Indian journal of veterinary science and animal husbandry - Volumes 22-23, 1952-1953
Year: 1952
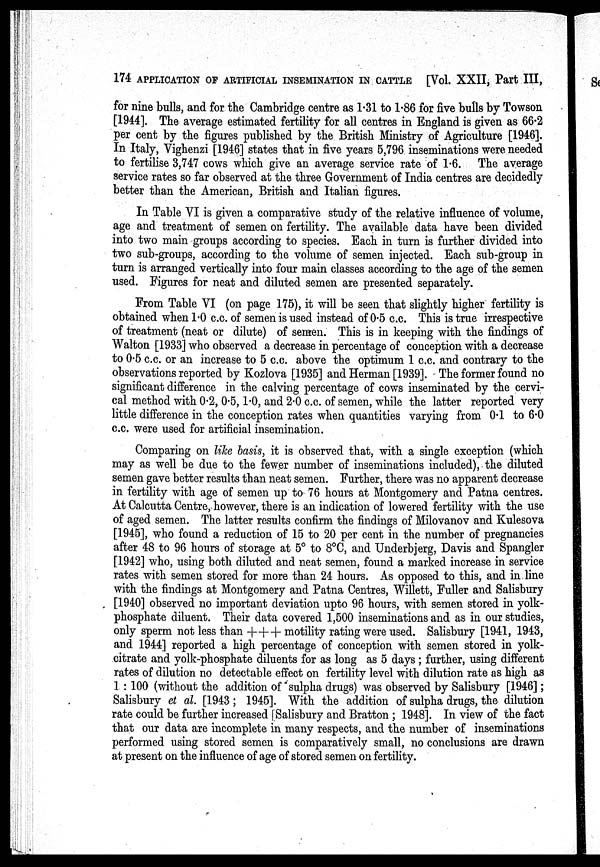
174 APPLICATION OF ARTIFICIAL INSEMINATION IN CATTLE [Vol. XXII, Part III,
for nine bulls, and for the Cambridge centre as 1.31 to 1.86 for five bulls by Towson
[1944]. The average estimated fertility for all centres in England is given as 66.2
per cent by the figures published by the British Ministry of Agriculture [1946].
In Italy, Vighenzi [1946] states that in five years 5,796 inseminations were needed
to fertilise 3,747 cows which give an average service rate of 1.6. The average
service rates so far observed at the three Government of India centres are decidedly
better than the American, British and Italian figures.
In Table VI is given a comparative study of the relative influence of volume,
age and treatment of semen on fertility. The available data have been divided
into two main groups according to species. Each in turn is further divided into
two sub-groups, according to the volume of semen injected. Each sub-group in
turn is arranged vertically into four main classes according to the age of the semen
used. Figures for neat and diluted semen are presented separately.
From Table VI (on page 175), it will be seen that slightly higher fertility is
obtained when 1.0 c.c. of semen is used instead of 0.5 c.c. This is true irrespective
of treatment (neat or dilute) of semen. This is in keeping with the findings of
Walton [1933] who observed a decrease in percentage of conception with a decrease
to 0.5 c.c. or an increase to 5 c.c. above the optimum 1 c.c. and contrary to the
observations reported by Kozlova [1935] and Herman [1939]. The former found no
significant difference in the calving percentage of cows inseminated by the cervi-
cal method with 0.2, 0.5, 1.0, and 2.0 c.c. of semen, while the latter reported very
little difference in the conception rates when quantities varying from 0.1 to 6.0
c.c. were used for artificial insemination.
Comparing on like basis, it is observed that, with a single exception (which
may as well be due to the fewer number of inseminations included), the diluted
semen gave better results than neat semen. Further, there was no apparent decrease
in fertility with age of semen up to- 76 hours at Montgomery and Patna centres.
At Calcutta Centre, however, there is an indication of lowered fertility with the use
of aged semen. The latter results confirm the findings of Milovanov and Kulesova
[1945], who found a reduction of 15 to 20 per cent in the number of pregnancies
after 48 to 96 hours of storage at 5° to 8°C, and Underbjerg, Davis and Spangler
[1942] who, using both diluted and neat semen, found a marked increase in service
rates with semen stored for more than 24 hours. As opposed to this, and in line
with the findings at Montgomery and Patna Centres, Willett, Fuller and Salisbury
[1940] observed no important deviation upto 96 hours, with semen stored in yolk-
phosphate diluent. Their data covered 1,500 inseminations and as in our studies,
only sperm not less than +++ motility rating were used. Salisbury [1941, 1943,
and 1944] reported a high percentage of conception with semen stored in yolk-
citrate and yolk-phosphate diluents for as long as 5 days ; further, using different
rates of dilution no detectable effect on fertility level with dilution rate as high as
1 : 100 (without the addition of sulpha drugs) was observed by Salisbury [1946];
Salisbury et al. [1943; 1945]. With the addition of sulpha drugs, the dilution
rate could be further increased [Salisbury and Bratton ; 1948]. In view of the fact
that our data are incomplete in many respects, and the number of inseminations
performed using stored semen is comparatively small, no conclusions are drawn
at present on the influence of age of stored semen on fertility.